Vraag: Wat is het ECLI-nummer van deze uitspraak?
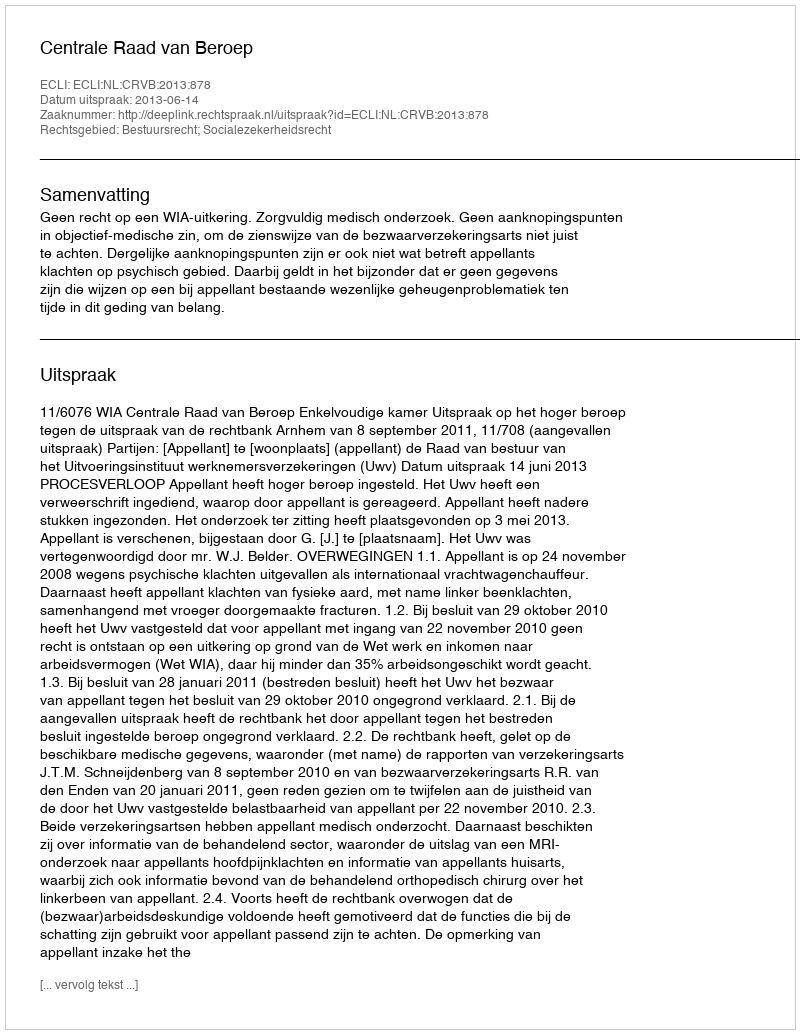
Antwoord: ECLI:NL:CRVB:2013:878